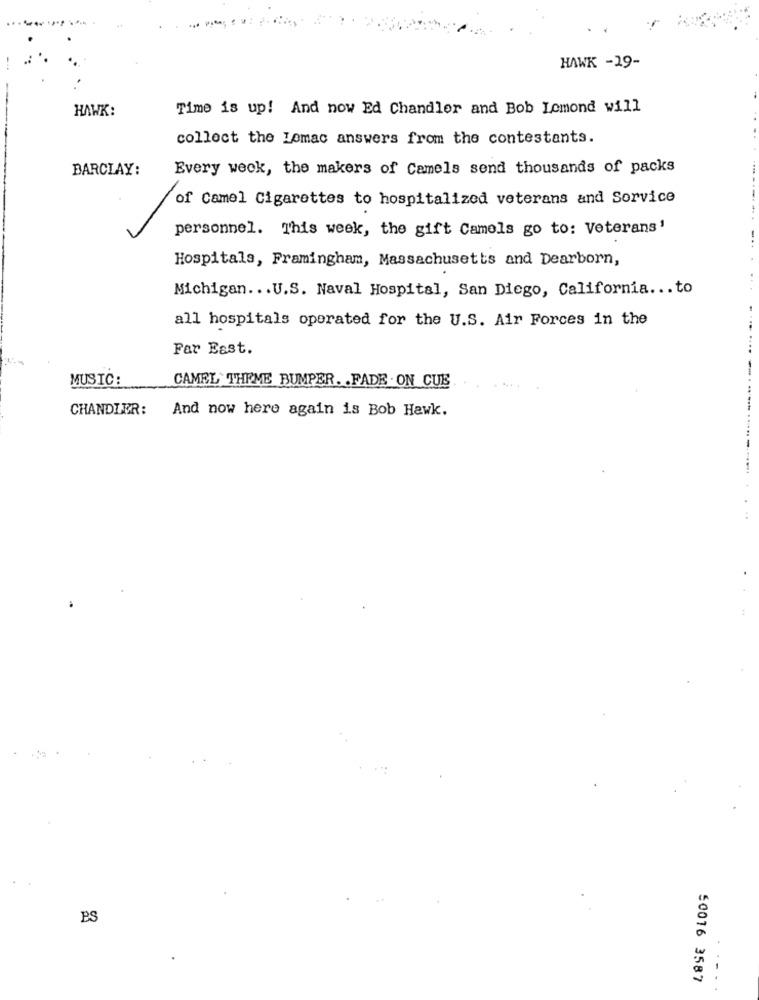
HAWK -19-
HAWK:
Time is up! And now Ed Chandler and Bob Lemond will
collect the Lemac answers from the contestants.
BARCLAY:
Every week, the makers of Camels send thousands of packs
of Camel Cigarettes to hospitalized veterans and Sorvice
personnel. This week, the gift Camels go to: Veterans'
Hospitals, Framingham, Massachusetts and Dearborn,
Michigan ... U.S. Naval Hospital, San Diego, California ... to
all hospitals operated for the U.S. Air Forces in the
Far East.
MUSIC:
CAMEL THEME BUMPER. . FADE . ON CUE
CHANDLER:
And now here again is Bob Hawk.
BS
...
50016 3587